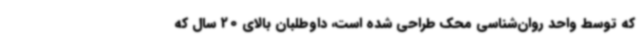
که توسط واحد روان‌شناسی محک طراحی شده است، داوطلبان بالای 20 سال که